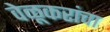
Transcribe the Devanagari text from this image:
वेळूकरांचा